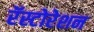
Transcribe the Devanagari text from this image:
रॅस्टोरेशन